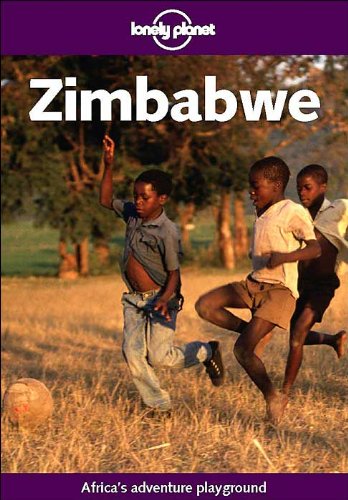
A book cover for Lonely Planet Zimbabwe; Tione Chinula; Travel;